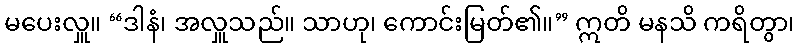
မပေးလှူ။ “ဒါနံ၊ အလှူသည်။ သာဟု၊ ကောင်းမြတ်၏။” ဣတိ မနသိ ကရိတွာ၊